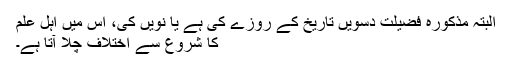
البتہ مذکورہ فضیلت دسویں تاریخ کے روزے کی ہے یا نویں کی، اس میں اہل علم
کا شروع سے اختلاف چلا آتا ہے۔